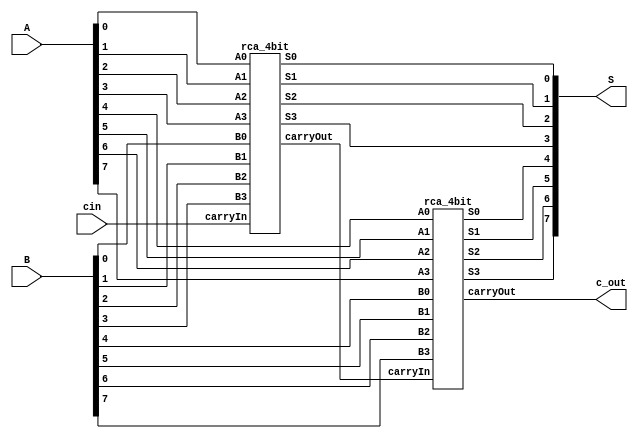
`timescale 1ns / 1ps
//////////////////////////////////////////////////////////////////////////////////
// Company: 
// Engineer: 
// 
// Design Name: 
// Module Name: rca_8bit
// Project Name: 
// Target Devices: 
// Tool Versions: 
// Description: 
// 
// Dependencies: 
// 
// Revision:
// Revision 0.01 - File Created
// Additional Comments:
// 
//////////////////////////////////////////////////////////////////////////////////


module rca_8bit(
input [7:0]A, 
input [7:0]B, 
input cin, 
output [7:0]S,
output c_out);

wire C1;


rca_4bit rca1(A[0], A[1], A[2], A[3], B[0], B[1], B[2], B[3], cin, S[0], S[1], S[2], S[3], C1);
rca_4bit rca2(A[4], A[5], A[6], A[7], B[4], B[5], B[6], B[7], C1, S[4], S[5], S[6], S[7], c_out);

endmodule

module rca_4bit(A0, A1, A2, A3, B0, B1, B2, B3, carryIn, S0, S1, S2, S3, carryOut);

input A0, A1, A2, A3, B0, B1, B2, B3;
input carryIn;
output S0, S1, S2, S3;
output carryOut;

wire C0, C1, C2, C3;

full_adder fa0(carryIn, A0, B0, C0, S0);
full_adder fa1(C0, A1, B1, C1, S1);
full_adder fa2(C1, A2, B2, C2, S2);
full_adder fa3(C2, A3, B3, C3, S3);

assign carryOut = C3;

endmodule

module full_adder(input carry_in, input a, input b, output carry_out, output sum);
wire s1;
wire s2;

wire c1;
wire c2;

add_half ha1(s1, c1, a, b);
add_half ha2(s2, c2, carry_in, s1);
assign carry_out = c1|c2;
assign sum = s2;
endmodule

module add_half(output sum, output carry, input a, input b);
assign sum=a^b;
assign carry=a&b;
endmodule